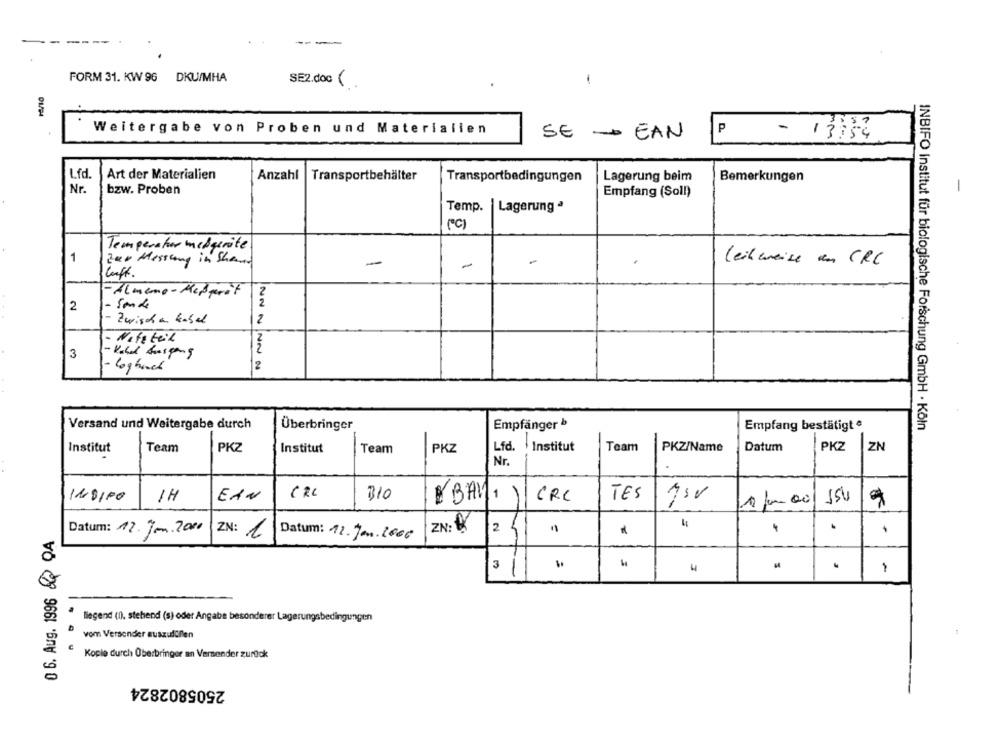
--
---
FORM 31. KW 96 DKU/MHA
-
SEZ.doc (.
Weitergabe von Proben und Materialien
SE - EAN
- 13:34
Lfd.
Art der Materialien
Anzahl
Transportbehälter
Lagerung beim
Bemerkungen
Transportbedingungen
Nr.
bzw. Proben
Empfang (Soll)
Temp. |Lagerung ª
(PC)
Temperatur medgeräte
1
Zur Messung in Share
-
-
-
leikweise un CRC
2
-Almeno-Medprêt
- Sonde
2
2
Zwischen kabel
2
Note teil
3
- Kold Ausgang
- loghoch
2
Versand und Weitergabe durch
Überbringer
Empfänger b
Empfang bestätigt e
INBIFO Institut für biologische Forschung GmbH · Köln
PKZ
ZN
Institut
Team
PKZ
Institut
Team
PKZ
Lfd.
Institut
Team
PKZ/Name
Datum
Nr.
INDIPO
1H
EAN
CRC
310
EBAY
1 )
CRC
TES
10 00
150
0 6. Aug. 1996 & QA
Datum: 12. Jan.2010
ZN: 1
ZN: *
.
Datum: 12.Jan.2000
241
.
3 1
4
-
liegend (0). stehend (s) oder Angabe besonder
vom Versender auszufüllen
Kople durch Überbringer an Versender zurück
2505802824